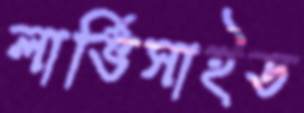
লার্ভিসাইড